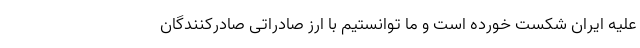
علیه ایران شکست خورده است و ما توانستیم با ارز صادراتی صادرکنندگان